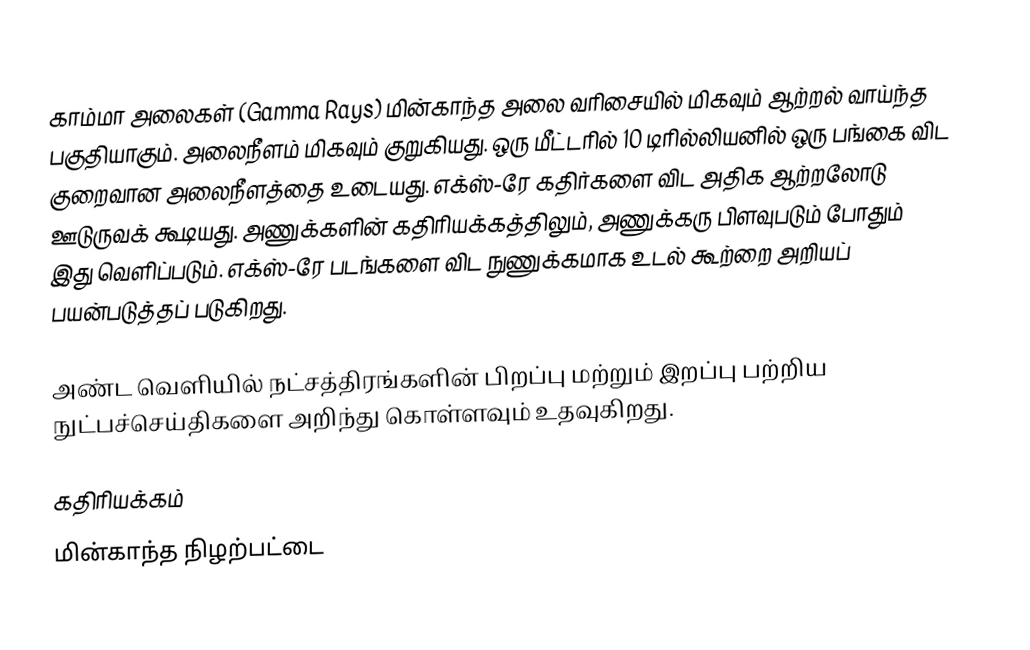
காம்மா அலைகள் (Gamma Rays) மின்காந்த அலை வரிசையில் மிகவும் ஆற்றல் வாய்ந்த பகுதியாகும். அலைநீளம் மிகவும் குறுகியது. ஒரு மீட்டரில் 10 டிரில்லியனில் ஒரு பங்கை விட குறைவான அலைநீளத்தை உடையது. எக்ஸ்-ரே கதிர்களை விட அதிக ஆற்றலோடு ஊடுருவக் கூடியது. அணுக்களின் கதிரியக்கத்திலும், அணுக்கரு பிளவுபடும் போதும் இது வெளிப்படும். எக்ஸ்-ரே படங்களை விட நுணுக்கமாக உடல் கூற்றை அறியப் பயன்படுத்தப் படுகிறது.

அண்ட வெளியில் நட்சத்திரங்களின் பிறப்பு மற்றும் இறப்பு பற்றிய நுட்பச்செய்திகளை அறிந்து கொள்ளவும் உதவுகிறது.

கதிரியக்கம்
மின்காந்த நிழற்பட்டை